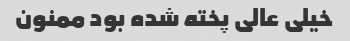
خیلی عالی پخته شده بود ممنون